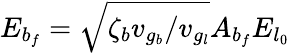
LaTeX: E_{b_{f}}=\sqrt{\zeta_{b}v_{g_{b}}/v_{g_{l}}}A_{b_{f}}E_{l_{0}}